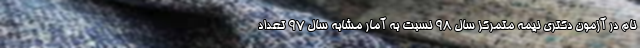
نام در آزمون دکتری نیمه متمرکز سال ۹۸ نسبت به آمار مشابه سال ۹۷ تعداد